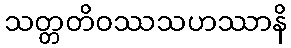
သတ္တတိဝဿသဟဿာနိ